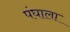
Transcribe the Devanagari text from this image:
पंघाला